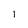
Character: l